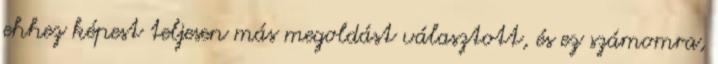
ehhez képest teljesen más megoldást választott, és ez számomra,